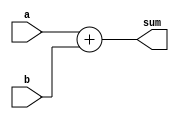
module adder_Nbit
  //parameter decleration
  #(parameter N=3)
  (input [N-1:0] a,
   input [N-1:0] b,
   output reg [N:0] sum
  );
  
  always @(*) sum = a + b;
  
endmodule